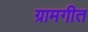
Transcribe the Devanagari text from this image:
ग्रामगीत